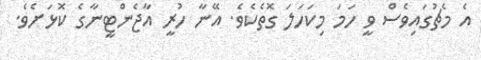
އެ މެޗުގައިވެސް ވީ ހަމަ މިކަހަލަ ގޮތެކެވެ. އޭނާ ހުރީ އާޖެންޓީނާގެ ކޮޅަށެވެ.